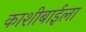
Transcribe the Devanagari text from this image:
काशीबाईला